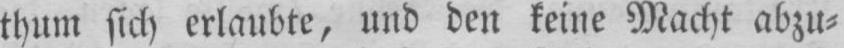
thum sich erlaubte, und den keine Macht abzu⸗